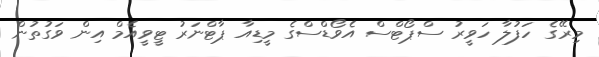
މިރޭގެ ހަފުލާ ހަވީރު ސްޕޯޓްސް އެވޯޑްސްގެ މީޑިއާ ޕާޓްނަރު ޓީވީއެމް އިން ވަގުތުން